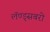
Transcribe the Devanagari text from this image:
लॅण्ड्सबरो